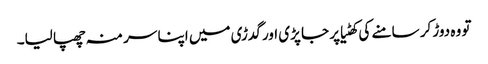
تو وہ دوڑ کر سامنے کی کھٹیا پر جا پڑی اور گدڑی میں اپنا سر منہ چھپا لیا۔